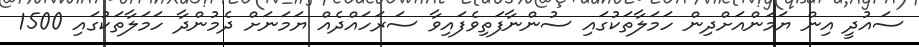
ސައުދީ އިން ޔަމަންއަށްދިން ހަމަލާތަކުގައި ސުންނާފަތިވެފައިވާ ސަރަހައްދެއް ޔަމަނަށް ދެމުންދާ ހަމަލާތަކުގައި 1500